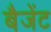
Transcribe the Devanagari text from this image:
बैजेंट